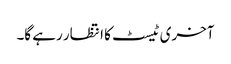
آخری ٹیسٹ کا انتظار رہے گا۔